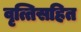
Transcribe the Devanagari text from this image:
वृत्तिसहित